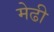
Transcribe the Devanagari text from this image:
मेढी